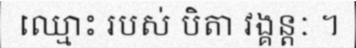
ឈ្មោះ របស់ បិតា វង្គន្តៈ ។